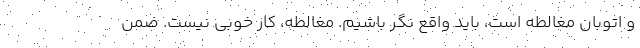
و اتوبان مغالطه است، باید واقع نگر باشیم. مغالطه، کار خوبی نیست. ضمن